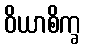
ဝိယာစိက္ခ